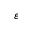
\varepsilon